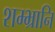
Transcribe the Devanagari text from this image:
शम्भ्रानि